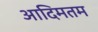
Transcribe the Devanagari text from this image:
आदिमतम